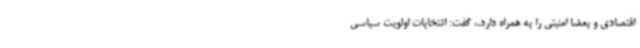
اقتصادی و بعضا امنیتی را به همراه دارد.، گفت: انتخابات اولویت سیاسی